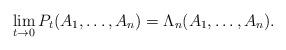
LaTeX: \begin{align*}\lim_{t\to0}P_t(A_1,\dots,A_n)=\Lambda_n(A_1,\dots,A_n).\end{align*}